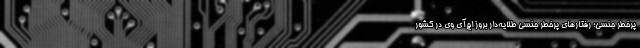
پرخطر جنسی؛ رفتارهای پرخطر جنسی طلایه‌‌دار بروز اچ‌‌آی وی در کشور